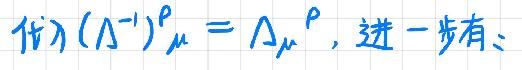
$(\lambda)(\Lambda^{-1})^{\rho}_{\mu}=\Lambda^{\rho}_{\mu}$，进一步有：